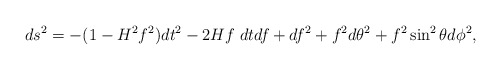
\begin{align*}ds^2=-(1-H^2f^2)dt^2-2Hf\;dtdf+df^2+f^2d\theta^2+f^2\sin^2\theta d\phi^2,\end{align*}